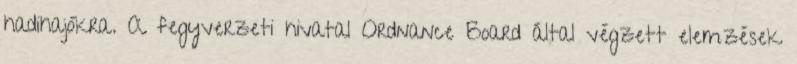
hadihajókra. A fegyverzeti hivatal Ordnance Board által végzett elemzések